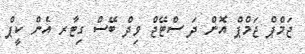
ޖަމްޕް ޖަމްޕް އޮން ދަ ސްޓޭޖް ވިދް ބޭސް ގިޓާރ އެން ކީޕް